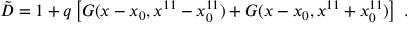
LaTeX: { \tilde { D } } = 1 + q \left[ { \cal G } ( x - x _ { 0 } , x ^ { 1 1 } - x _ { 0 } ^ { 1 1 } ) + { \cal G } ( x - x _ { 0 } , x ^ { 1 1 } + x _ { 0 } ^ { 1 1 } ) \right] \ .